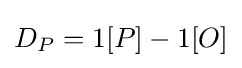
D_{P}=1[P]-1[O]